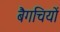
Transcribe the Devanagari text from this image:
बैगचियों